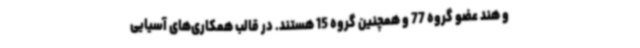
و هند عضو گروه 77 و همچنین گروه 15 هستند. در قالب همکاری‌های آسیایی